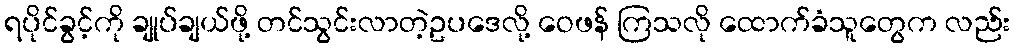
ရပိုင်ခွင့်ကို ချုပ်ချယ်ဖို့ တင်သွင်းလာတဲ့ဥပဒေလို့ ဝေဖန် ကြသလို ထောက်ခံသူတွေက လည်း